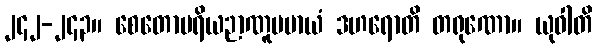
၂၄၂-၂၄၃။ စေတောပရိယဉာဏူပမာယံ ဒဟရောတိ တရုဏော။ ယုဝါတိ